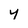
Character: y